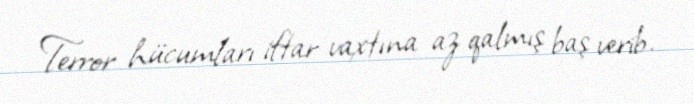
Terror hücumları iftar vaxtına az qalmış baş verib.